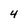
Character: 4